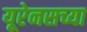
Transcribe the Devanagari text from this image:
यूरेनसच्या